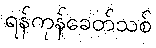
ရန်ကုန်ခေတ်သစ်